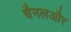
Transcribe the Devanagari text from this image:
चैनलऔर